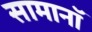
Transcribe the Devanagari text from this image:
सामानॉ